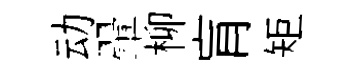
动翬柳肓矩